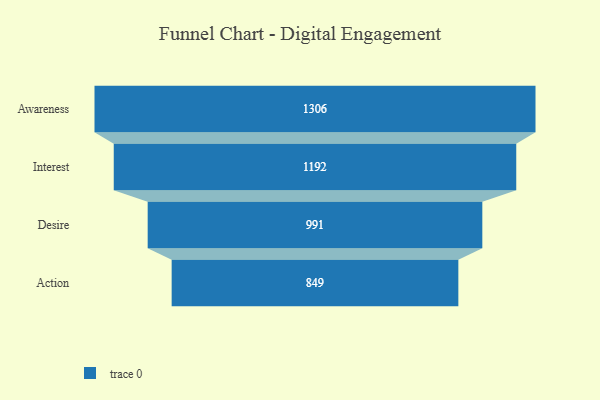
{"axis": {"x": "Stage", "y": "Value"}, "legend": [""], "data": [{"x": "Awareness", "y": 1306.0, "type": ""}, {"x": "Interest", "y": 1192.0, "type": ""}, {"x": "Desire", "y": 991.0, "type": ""}, {"x": "Action", "y": 849.0, "type": ""}]}